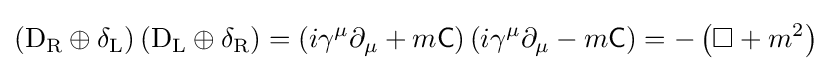
\left(\mathrm {D} _{\rm {R}}\oplus \delta _{\rm {L}}\right)\left(\mathrm {D} _{\rm {L}}\oplus \delta _{\rm {R}}\right)=\left(i\gamma ^{\mu }\partial _{\mu }+m{\mathsf {C}}\right)\left(i\gamma ^{\mu }\partial _{\mu }-m{\mathsf {C}}\right)=-\left(\square +m^{2}\right)